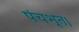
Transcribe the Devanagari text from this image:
पंचभूत।